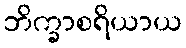
ဘိက္ခာစရိယာယ